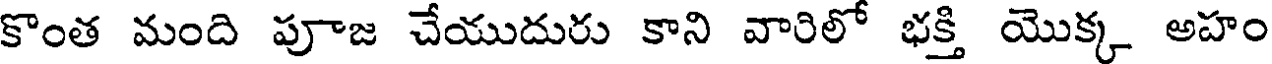
కొంత మంది పూజ చేయుదురు కాని వారిలో భక్తి యొక్క అహం